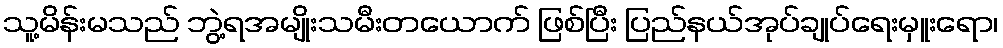
သူ့မိန်းမသည် ဘွဲ့ရအမျိုးသမီးတယောက် ဖြစ်ပြီး ပြည်နယ်အုပ်ချုပ်ရေးမှူးရော၊